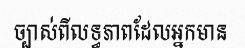
ច្បាស់ពីលទ្ធភាពដែលអ្នកមាន